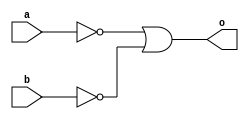
module mymor2(input a, b,
		output o);
	assign o = ~a | ~b;
endmodule